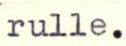
rulle.